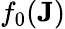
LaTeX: f_{0}(\mathbf{J})